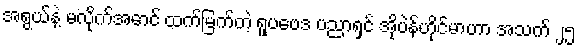
အရွယ်နဲ့ မလိုက်အောင် ထက်မြက်တဲ့ ရူပဗေဒ ပညာရှင် အိုပဲန်ဟိုင်မာဟာ အသက် ၂၅